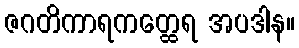
ဇဂတိကာရကတ္ထေရ အပဒါန။